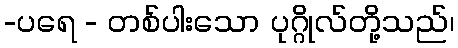
-ပရေ - တစ်ပါးသော ပုဂ္ဂိုလ်တို့သည်၊